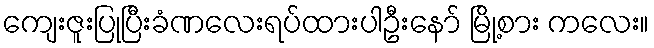
ကျေးဇူးပြုပြီးခံဏလေးရပ်ထားပါဦးနော် မြို့စား ကလေး။